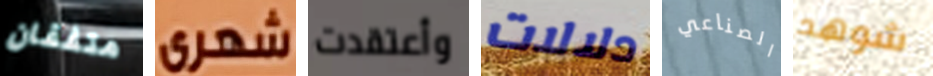
متفقان شهرى وأعتقدت دلالات الصناعي شوهد